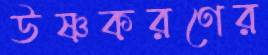
উষ্ণকরণের